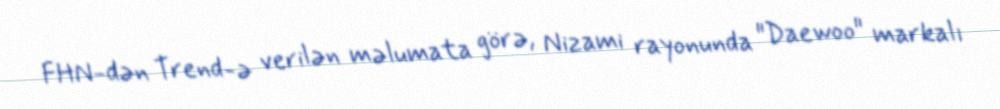
FHN-dən Trend-ə verilən məlumata görə, Nizami rayonunda "Daewoo" markalı